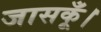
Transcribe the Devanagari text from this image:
जासकूँ।